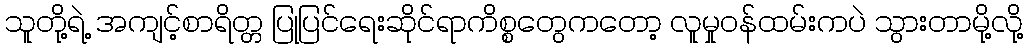
သူတို့ရဲ့ အကျင့်စာရိတ္တ ပြုပြင်ရေးဆိုင်ရာကိစ္စတွေကတော့ လူမှုဝန်ထမ်းကပဲ သွားတာမို့လို့